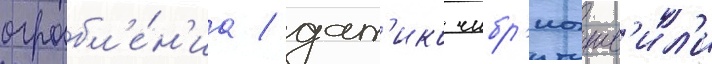
ограбл'е́н'иа / дат'ико чибр'иашв'ил'и